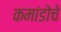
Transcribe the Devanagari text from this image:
कमांडोचे